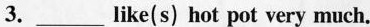
3.___like(s) hot pot very much.